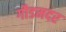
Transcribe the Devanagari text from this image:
गौडमदर